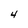
Character: 4